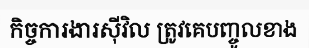
កិច្ចការងារស៊ីវិល ត្រូវគេបញ្ចូលខាង